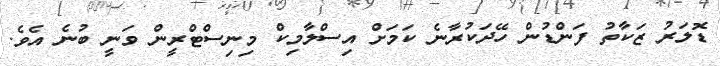
ޑޮލަރު ޒަކާތު ފަންޑުން ހޭދަކުރާނެ ކަމަށް އިސްލާމިކް މިނިސްޓްރީން ވަނީ ބުނެ އެެވެ.